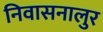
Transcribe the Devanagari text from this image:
निवासनालुर